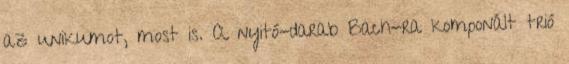
az unikumot, most is. A nyitó-darab Bach-ra komponált trió